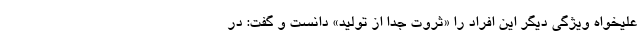
علیخواه ویژگی دیگر این افراد را «ثروت جدا از تولید» دانست و گفت: در